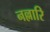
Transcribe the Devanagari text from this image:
नल्लारि